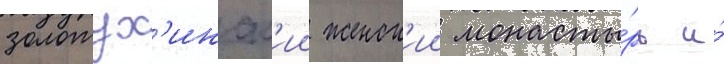
золотух'инск'ии женск'ии монасты́рь и́